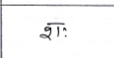
मजकूर: शः